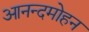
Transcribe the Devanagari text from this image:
आनन्दमोहन